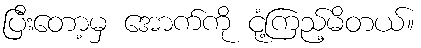
ပြီးတော့မှ အောက်ကို ငုံ့ကြည့်မိတယ်။